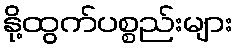
နို့ထွက်ပစ္စည်းများ